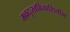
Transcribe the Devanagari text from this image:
भवदुःखविनाशिनीम्